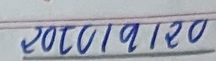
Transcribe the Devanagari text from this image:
२०८०/७/१/९/१/२०